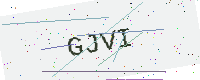
Text: GJVI